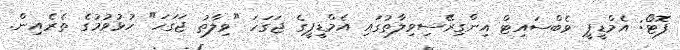
ފޮޓޯ: އެމްޑީޕީ ވެބްސައިޓް އިންގިރޭސިވިލާތުގައި އެމްޑީޕީގެ ޖަގަހަ "ވިލާތު ޖަގަހަ" ހުޅުވުމުގެ ތެރެއިން.